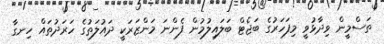
ތަސްމީން ވިދާޅުވީ މިފަހަރުގެ ބަޖެޓް ބަލައިލުމުން ފެންނަ މަންޒަރަކީ ދައުލަތުގެ ހަރަދުތައް ހިނގާ